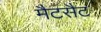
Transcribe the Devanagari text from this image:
मैटसैट